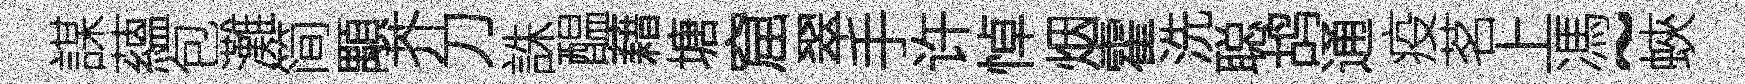
謀蘊包灘简顒芥刀誅醖藉塘窟翠手许悼烟霍洗聪鸪通疫茗上馮~蛺